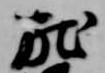
献